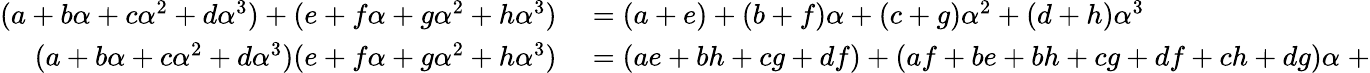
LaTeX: \begin{array}{rl}{(a+b\alpha+c\alpha^{2}+d\alpha^{3})+(e+f\alpha+g\alpha^{2}+h\alpha^{3})}&{{}=(a+e)+(b+f)\alpha+(c+g)\alpha^{2}+(d+h)\alpha^{3}}\\ {(a+b\alpha+c\alpha^{2}+d\alpha^{3})(e+f\alpha+g\alpha^{2}+h\alpha^{3})}&{{}=(ae+bh+cg+df)+(af+be+bh+cg+df+ch+dg)\alpha\; +}\end{array}